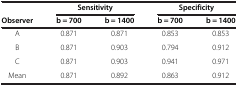
|  | <COLSPAN=2> Sensitivity | <COLSPAN=2> Specificity |
 | Observer | b = 700 | b = 1400 | b = 700 | b = 1400 |
 | --- | --- | --- | --- | --- |
 | A | 0.871 | 0.871 | 0.853 | 0.853 |
 | B | 0.871 | 0.903 | 0.794 | 0.912 |
 | C | 0.871 | 0.903 | 0.941 | 0.971 |
 | Mean | 0.871 | 0.892 | 0.863 | 0.912 |